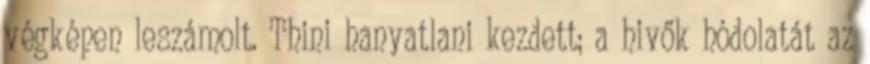
végképen leszámolt. Thini hanyatlani kezdett; a hivők hódolatát az